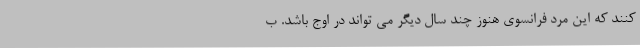
کنند که این مرد فرانسوی هنوز چند سال دیگر می تواند در اوج باشد. ب